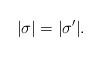
LaTeX: \begin{align*}|\sigma| = |\sigma'|.\end{align*}